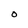
Character: O